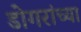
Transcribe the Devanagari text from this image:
डोगरांच्या